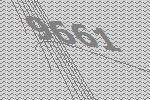
9661